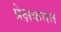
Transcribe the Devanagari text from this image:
प्रेक्षकगत